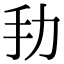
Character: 劧